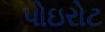
પોઇરોટ